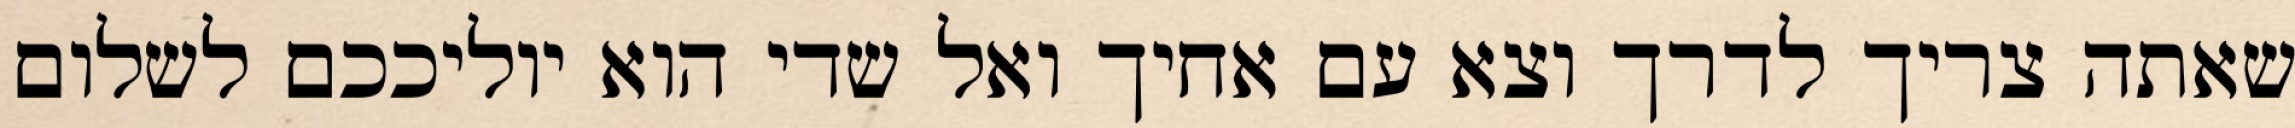
שאתה צריך לדרך וצא עם אחיך ואל שדי הוא יוליככם לשלום